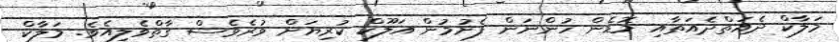
މަލާކް ދެއަތްދެއަތާއި މޮޑެން ހުންނަން ފެށުމުން އަލޫކް ކުރިޔަށް ވުރެވެސް ގާތްވެލިއެވެ. މަލާކް